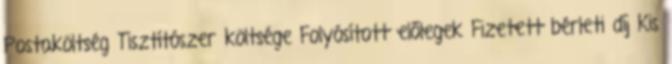
Postaköltség Tisztítószer költsége Folyósított előlegek Fizetett bérleti díj Kis